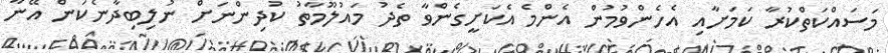
މަސައްކަތްކުރާ ކަމަށާއި އެހެންވުމުން އެންމެ އެކަށީގެންވާ ތެދު މައުލޫމާތު ކުދިންނަށް ނުލިބިދާނެކަން އޭނާ